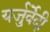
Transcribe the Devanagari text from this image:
यर्जुर्वेेदी